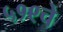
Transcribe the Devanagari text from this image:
५१९चे